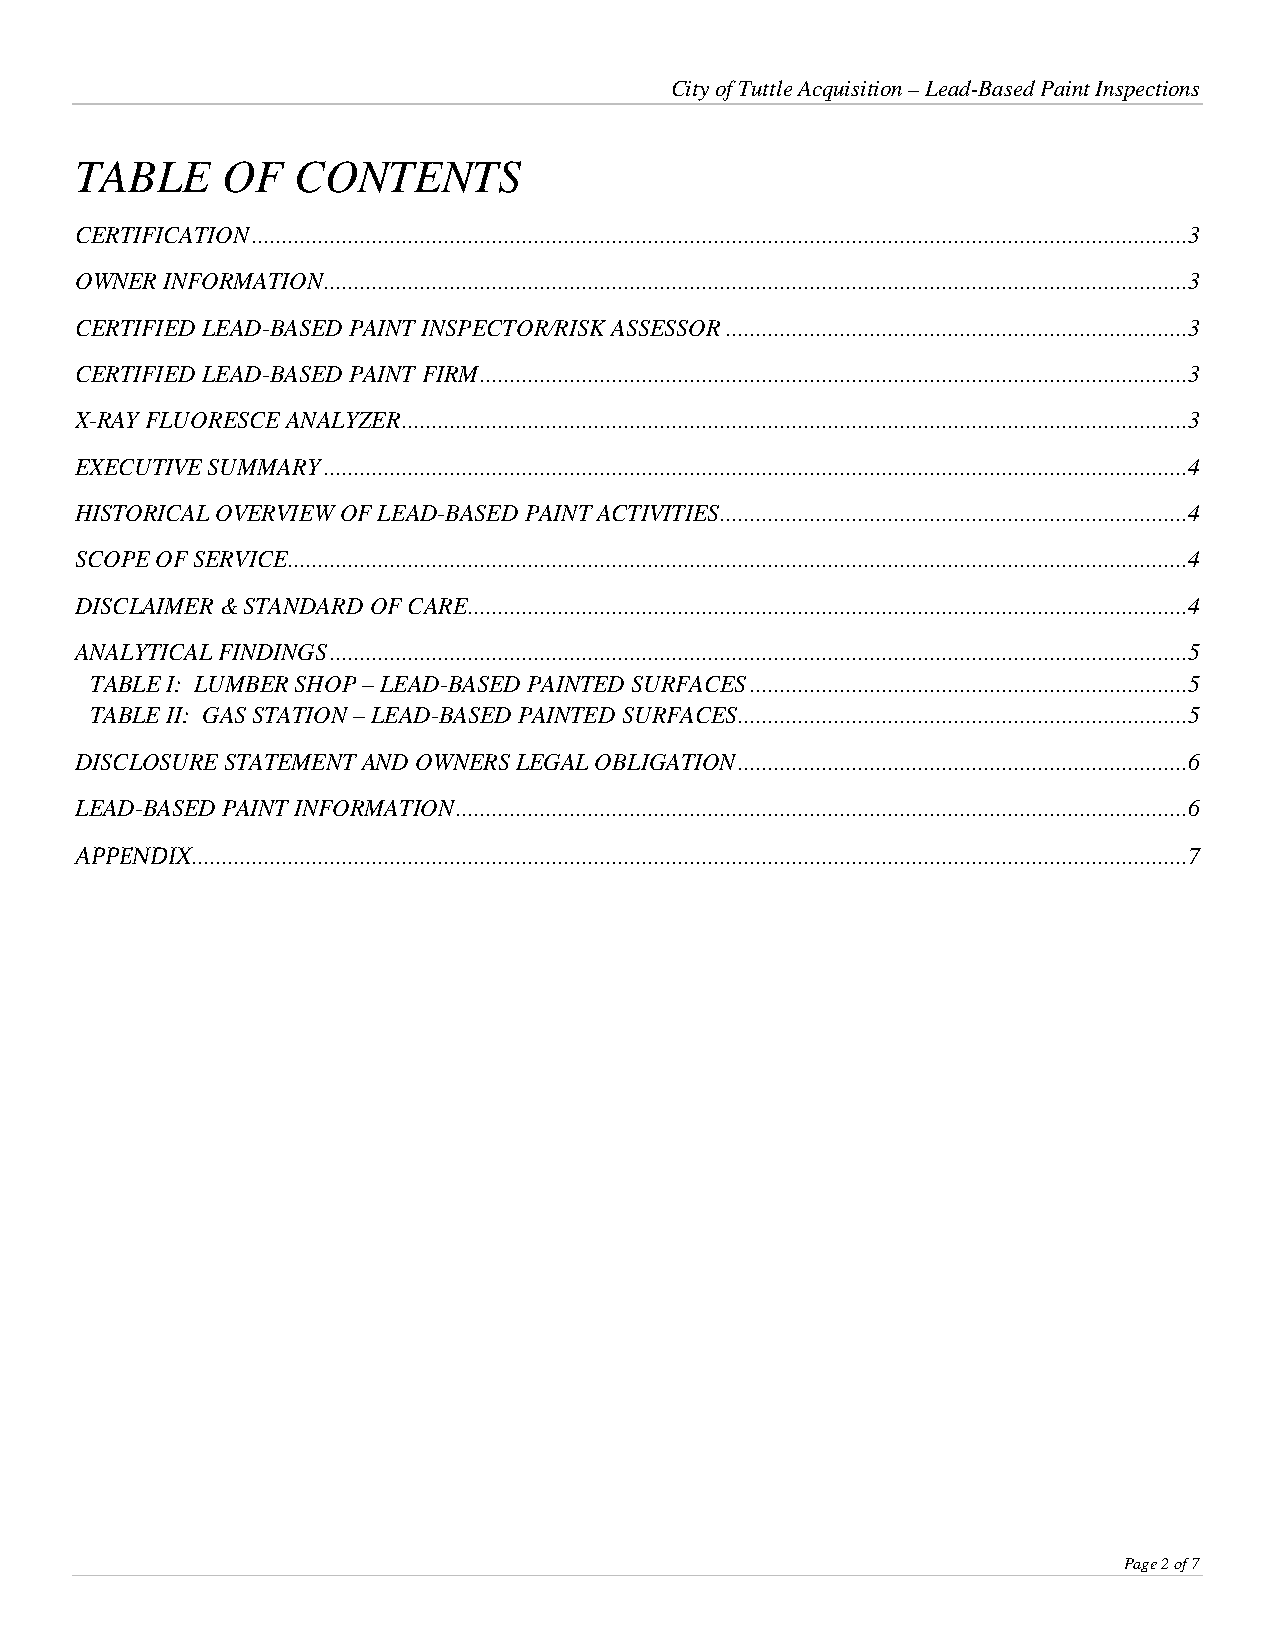
City of Tuttle Acquisition – Lead-Based Paint Inspections
 TABLE     OF  CONTENTS
 CERTIFICATION ............................................................................................................................................................3
 OWNER INFORMATION ................................................................................................................................................3
 CERTIFIED LEAD-BASED PAINT INSPECTOR/RISK ASSESSOR .............................................................................3
 CERTIFIED LEAD-BASED PAINT FIRM ......................................................................................................................3
 X-RAY FLUORESCE ANALYZER ...................................................................................................................................3
 EXECUTIVE SUMMARY ................................................................................................................................................4
 HISTORICAL OVERVIEW OF LEAD-BASED PAINT ACTIVITIES ..............................................................................4
 SCOPE OF SERVICE......................................................................................................................................................4
 DISCLAIMER & STANDARD OF CARE ........................................................................................................................4
 ANALYTICAL FINDINGS ...............................................................................................................................................5
 TABLE I: LUMBER SHOP – LEAD-BASED PAINTED SURFACES .........................................................................5
 TABLE II: GAS STATION – LEAD-BASED PAINTED SURFACES...........................................................................5
 DISCLOSURE STATEMENT AND OWNERS LEGAL OBLIGATION ...........................................................................6
 LEAD-BASED PAINT INFORMATION ..........................................................................................................................6
 APPENDIX ......................................................................................................................................................................7
 Page 2 of 7